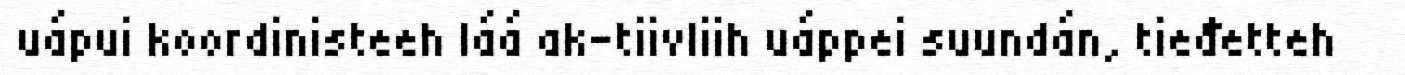
uápui koordinisteeh láá ak-tiivliih uáppei suundán, tieđetteh